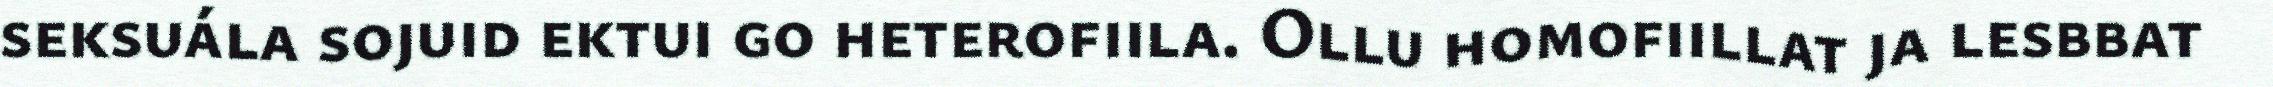
seksuála sojuid ektui go heterofiila. Ollu homofiillat ja lesbbat